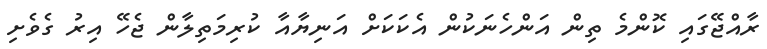
ރާއްޖޭގައި ކޮންމެ ތިން އަންހެނަކުން އެކަކަށް އަނިޔާއާ ކުރިމަތިލާން ޖެހޭ އިރު ގެވެށި